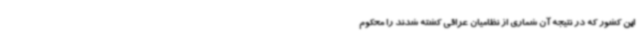
این کشور که در نتیجه آن شماری از نظامیان عراقی کشته شدند را محکوم